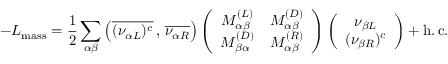
- { \cal L } _ { \mathrm { m a s s } } = \frac { 1 } { 2 } \sum _ { \alpha \beta } \left( \overline { { { ( \nu _ { \alpha L } ) ^ { c } } } } \, , \, \overline { { { \nu _ { \alpha R } } } } \right) \left( \begin{array} { c c } { { M _ { \alpha \beta } ^ { ( L ) } } } & { { M _ { \alpha \beta } ^ { ( D ) } } } \\ { { M _ { \beta \alpha } ^ { ( D ) } } } & { { M _ { \alpha \beta } ^ { ( R ) } } } \end{array} \right) \left( \begin{array} { c } { { \nu _ { \beta L } } } \\ { { ( \nu _ { \beta R } ) ^ { c } } } \end{array} \right) + \mathrm { h . \, c . }